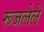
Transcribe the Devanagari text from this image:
रूजलेले